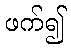
ဖက်၍